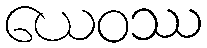
ယေဝဿ